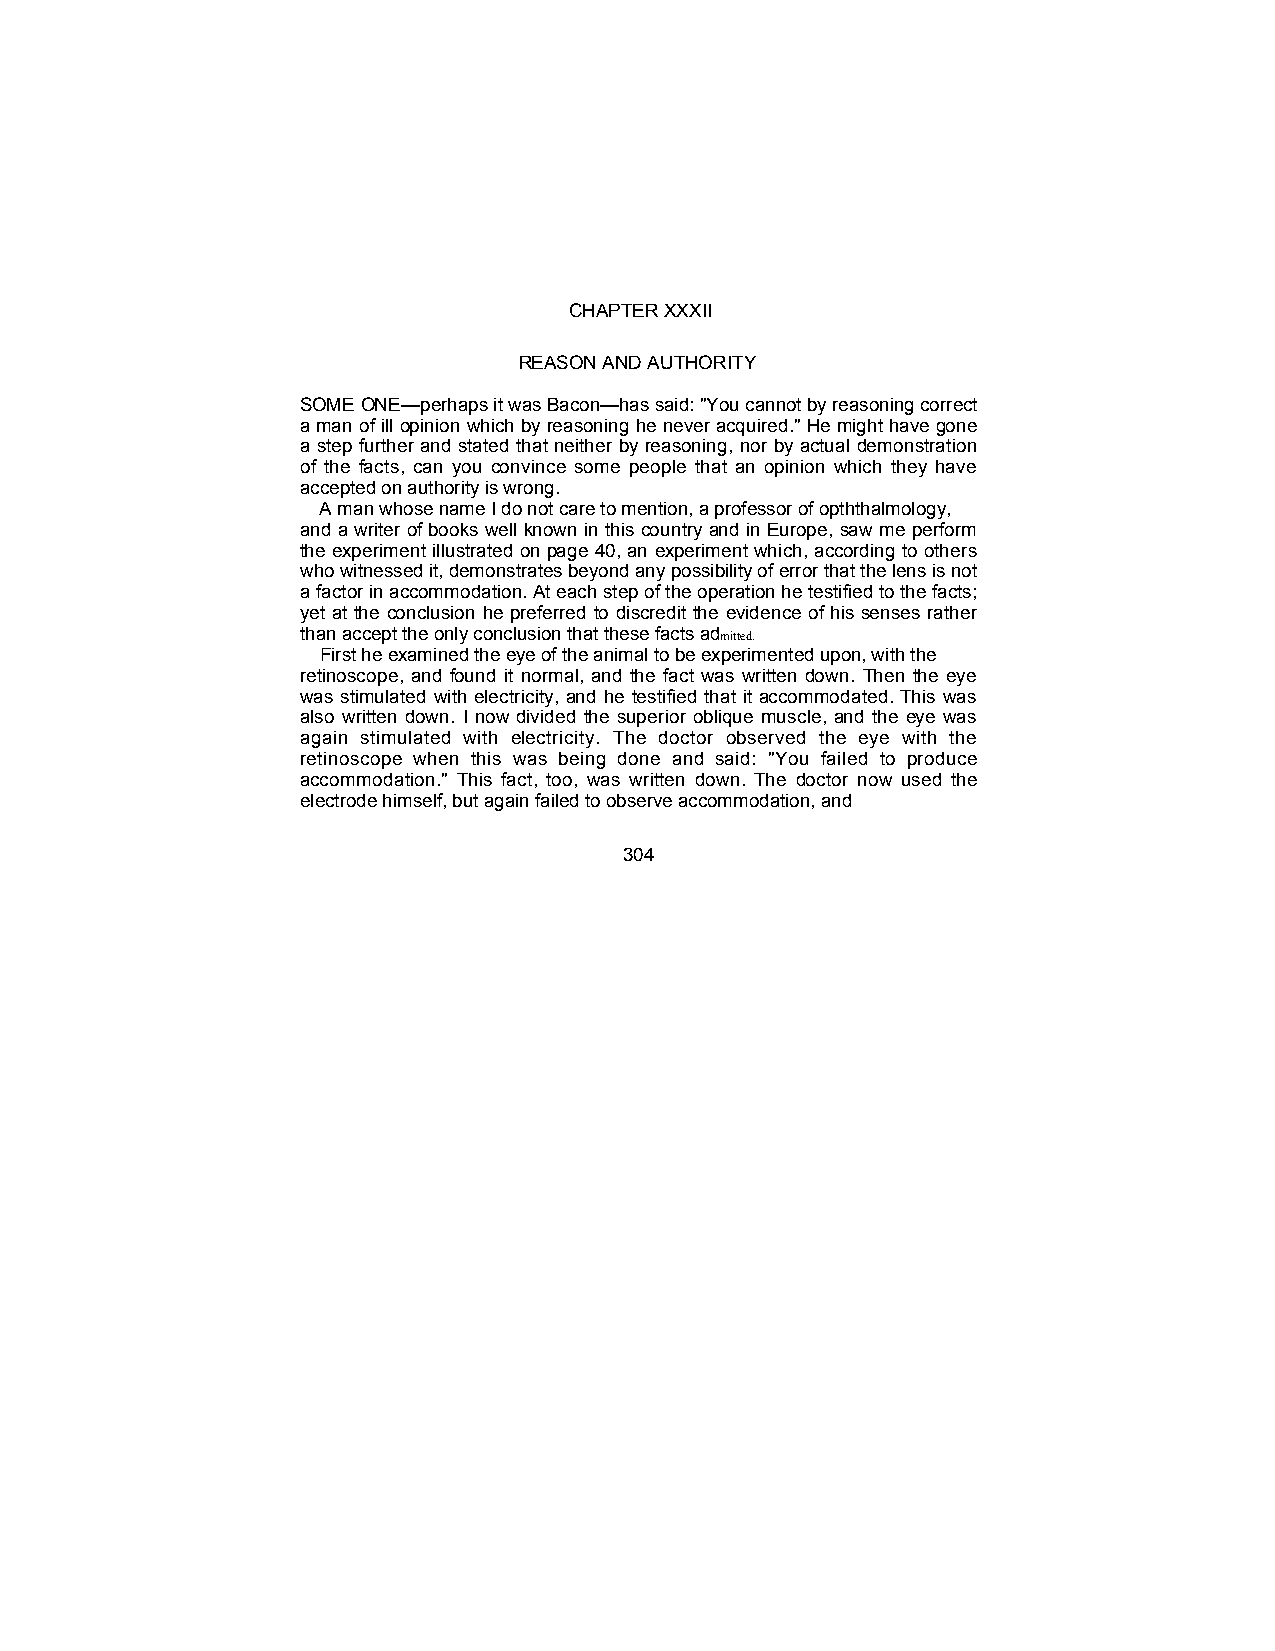
CHAPTER XXXII
 REASON AND AUTHORITY
 SOME ONE—perhaps it was Bacon—has said: "You cannot by reasoning correct
 a man of ill opinion which by reasoning he never acquired." He might have gone
 a step further and stated that neither by reasoning, nor by actual demonstration
 of the facts, can you convince some people that an opinion which they have
 accepted on authority is wrong.
 A man whose name I do not care to mention, a professor of opththalmology,
 and a writer of books well known in this country and in Europe, saw me perform
 the experiment illustrated on page 40, an experiment which, according to others
 who witnessed it, demonstrates beyond any possibility of error that the lens is not
 a factor in accommodation. At each step of the operation he testified to the facts;
 yet at the conclusion he preferred to discredit the evidence of his senses rather
 than accept the only conclusion that these facts admitted.
 First he examined the eye of the animal to be experimented upon, with the
 retinoscope, and found it normal, and the fact was written down. Then the eye
 was stimulated with electricity, and he testified that it accommodated. This was
 also written down. I now divided the superior oblique muscle, and the eye was
 again stimulated with electricity. The doctor observed the eye with the
 retinoscope when this was being done and said: "You failed to produce
 accommodation." This fact, too, was written down. The doctor now used the
 electrode himself, but again failed to observe accommodation, and
 304